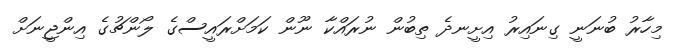
މިހާރު ބުނަނީ ގިނައިރު އިށީނދެ ތިބުން ނުރައްކާ ނޫން ކަމަށްރައީސްގެ ލޯންޗުގެ އިންޖީނަށް